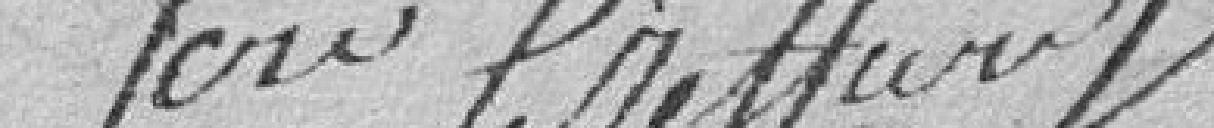
son greffier